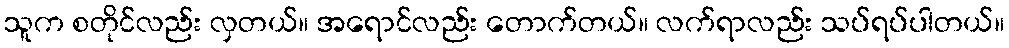
သူက စတိုင်လည်း လှတယ်။ အရောင်လည်း တောက်တယ်။ လက်ရာလည်း သပ်ရပ်ပါတယ်။